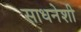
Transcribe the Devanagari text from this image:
साधनेशी